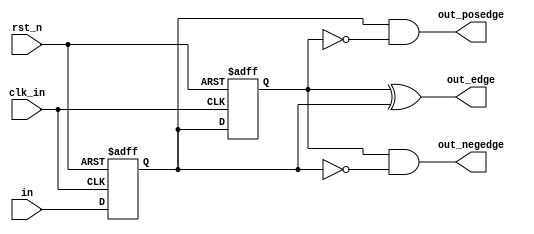

/*====================================================*/
/*				Document description
	: EDGE.v
	: 
	: 2019-05-18
	: 	
			
            
	: 
	: V1.0
	: 1073804283@qq.com
*/
/*====================================================*/

/*====================================================*/
/*
// Module instantiation
//
EDGE    U_EDGE_?
(
	//input
    .clk_in(),         //50MHz
    .rst_n(),          //
    .in(),             //
	//ouput
    .out_posedge(),    //
    .out_negedge(),    //
    .out_edge()        //
);
*/
/*====================================================*/

module EDGE 
(
	//input
    clk_in,         //50MHz
    rst_n,          //
    in,             //
	//ouput
    out_posedge,    //
    out_negedge,    //
    out_edge        //
);


//-------------------------------------------------------
//				`define definition
//-------------------------------------------------------

//-------------------------------------------------------
//				reg / wire definition
//-------------------------------------------------------

input  wire     clk_in;
input  wire     rst_n;
input  wire     in;
output wire     out_posedge;
output wire     out_negedge;
output wire     out_edge;

reg             in_d0;
reg             in_d1;

//-------------------------------------------------------
//				Structural coding
//-------------------------------------------------------

/*****in*******/

assign  out_posedge = in_d0 && (~in_d1);
assign  out_negedge = in_d1 && (~in_d0);
assign  out_edge 	  = in_d1 ^ in_d0;


always @ (posedge clk_in or negedge rst_n) begin
    if(!rst_n) begin
        in_d0 <= 1'd0;
        in_d1 <= 1'd0;
    end
    else begin
        in_d0 <= in;
        in_d1 <= in_d0;
    end
end



endmodule